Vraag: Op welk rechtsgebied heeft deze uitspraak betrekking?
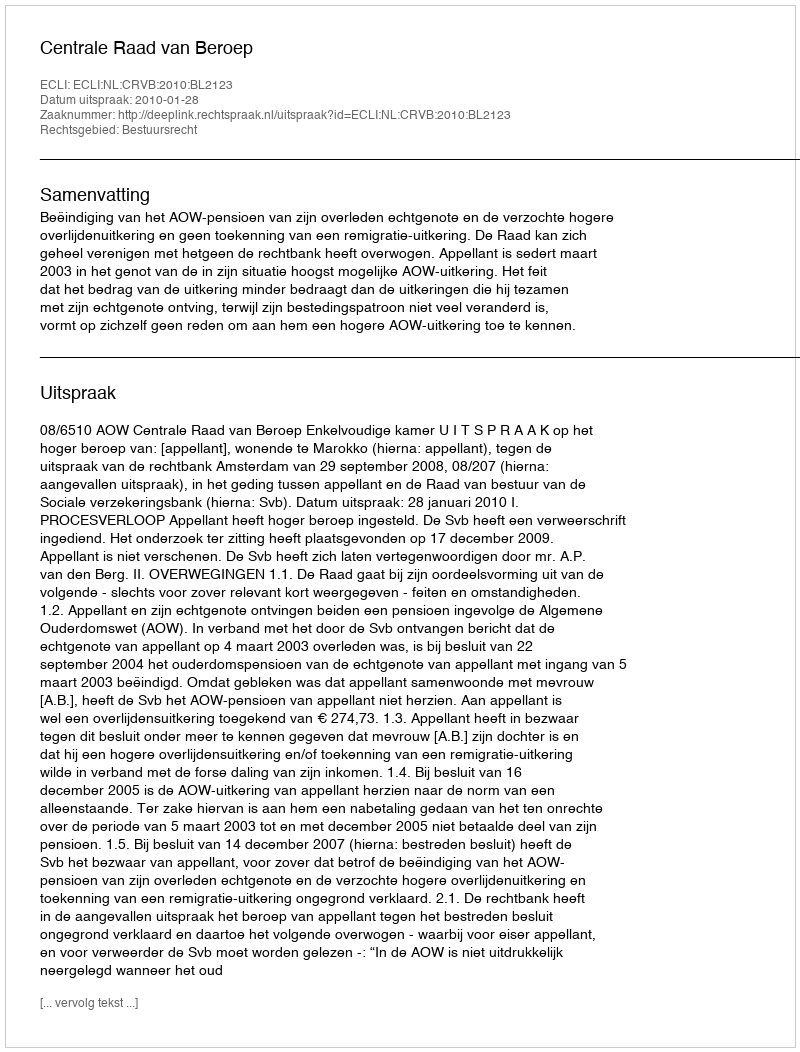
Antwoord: Bestuursrecht